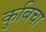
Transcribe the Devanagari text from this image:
कुबिचा